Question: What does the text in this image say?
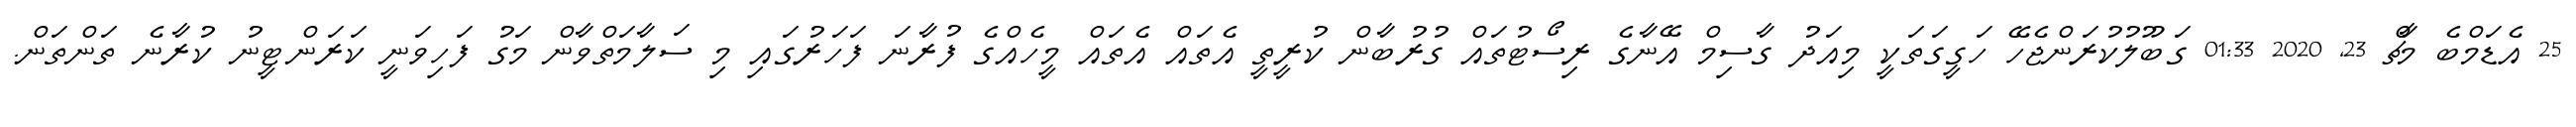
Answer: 25 އެޑަމްބެ މާޗް 23, 2020 01:33 ގަބޫލުކުރަންޖެހޭ ހަގީގަތަކީ މިއަދު ގާސިމް އޭނާގެ ރިސޯޓުތައް ގުރުބާން ކުރީތީ އެތައް އެތައް މީހެއްގެ ފުރާނަ ފަހަރުގައި މި ސަލާމަތްވާން މަގު ފަހިވަނީ ކަރަންޓީނު ކުރާނެ ތަންތަން.